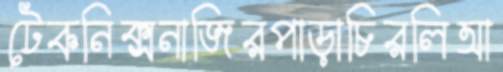
টেকনিক্সনাজিরপাড়াচিরলিআ